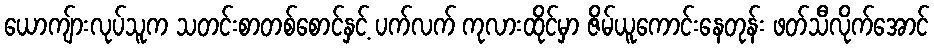
ယောကျ်ားလုပ်သူက သတင်းစာတစ်စောင်နှင့် ပက်လက် ကုလားထိုင်မှာ ဇိမ်ယူကောင်းနေတုန်း ဖတ်သီလိုက်အောင်